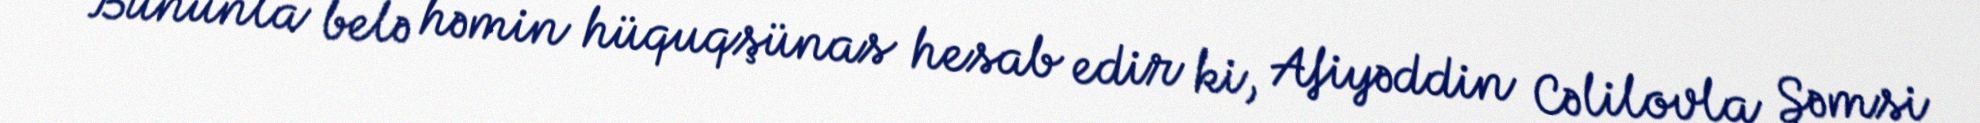
Bununla belə həmin hüquqşünas hesab edir ki, Afiyəddin Cəlilovla Şəmsi